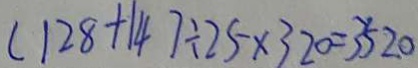
( 1 2 8 + 1 4 ) \div 2 5 \times 3 2 0 = 3 5 2 0